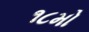
૧૮મો